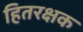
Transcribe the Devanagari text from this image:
हितरक्षक